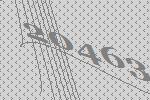
20463